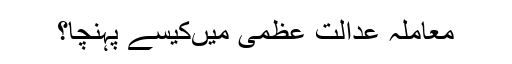
معاملہ عدالت عظمیٰ میںکیسے پہنچا؟